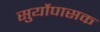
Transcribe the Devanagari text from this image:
सुर्योपासक